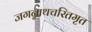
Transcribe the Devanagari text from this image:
जगन्नाथचरितमृत